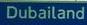
dubailand